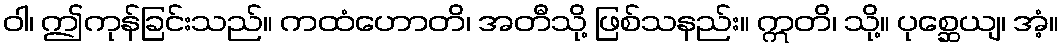
ဝါ၊ ဤကုန်ခြင်းသည်။ ကထံဟောတိ၊ အတီသို့ ဖြစ်သနည်း။ ဣတိ၊ သို့။ ပုစ္ဆေယျ၊ အံ့။